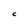
Character: C